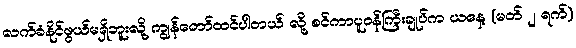
လက်ခံနိုင်ဖွယ်မရှိဘူးလို့ ကျွန်တော်ထင်ပါတယ် လို့ စင်ကာပူဝန်ကြီးချုပ်က ယနေ့ (မတ် ၂ ရက်)